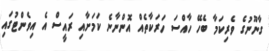
ގާނޫނުގެ ވެރިކަމާ ބެހޭ ހާއްސަ ހަރަކާތެއް އޮންނާނެ ކަމަށާއި ރައީސް އެ އިވެންޓުގައި